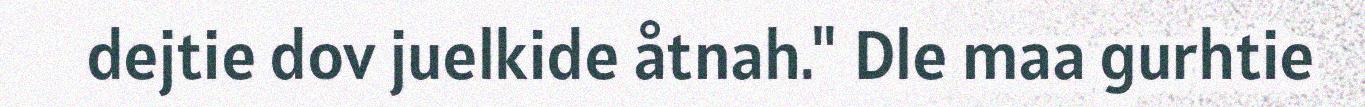
dejtie dov juelkide åtnah." Dle maa gurhtie